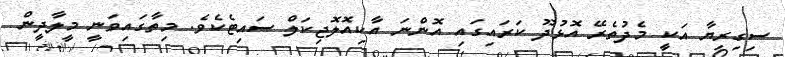
ސިގިރިޔާ އަކީ މެދުތެރޭ އޮޅުދޫ ކަރައިގައި އޮންނަ އާކިއޮލޮޖިކަލް ސައިޓެކެވެ. މިތާގައިވަނީ މީލާދީން